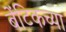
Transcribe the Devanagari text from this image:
बेंटिकच्या